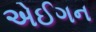
એઈગન